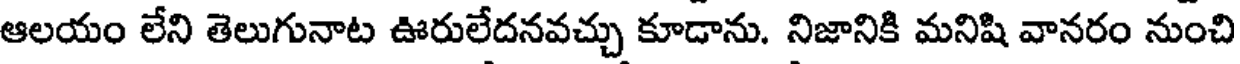
ఆలయం లేని తెలుగునాట ఊరులేదనవచ్చు కూడాను. నిజానికి మనిషి వానరం నుంచి